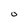
Character: 0